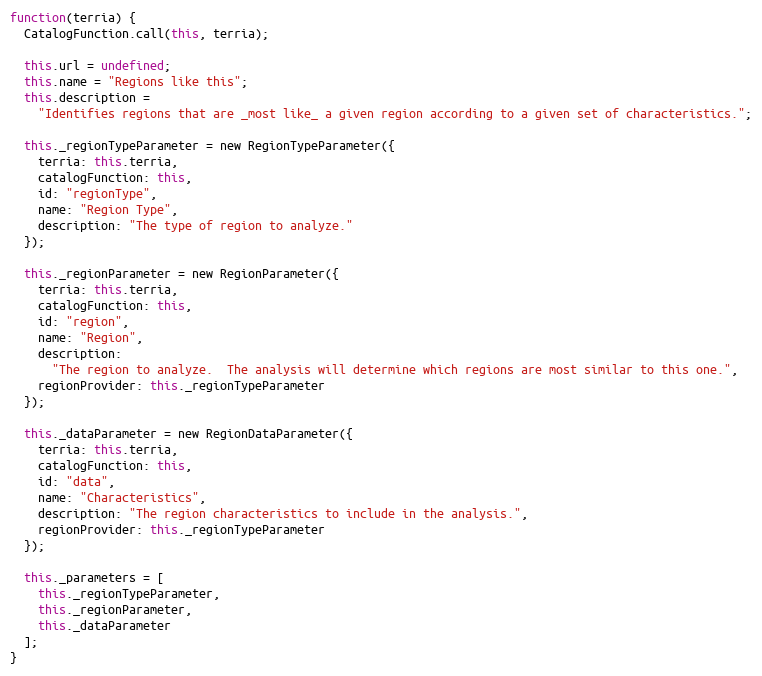
Language: JavaScript
function(terria) {
  CatalogFunction.call(this, terria);

  this.url = undefined;
  this.name = "Regions like this";
  this.description =
    "Identifies regions that are _most like_ a given region according to a given set of characteristics.";

  this._regionTypeParameter = new RegionTypeParameter({
    terria: this.terria,
    catalogFunction: this,
    id: "regionType",
    name: "Region Type",
    description: "The type of region to analyze."
  });

  this._regionParameter = new RegionParameter({
    terria: this.terria,
    catalogFunction: this,
    id: "region",
    name: "Region",
    description:
      "The region to analyze.  The analysis will determine which regions are most similar to this one.",
    regionProvider: this._regionTypeParameter
  });

  this._dataParameter = new RegionDataParameter({
    terria: this.terria,
    catalogFunction: this,
    id: "data",
    name: "Characteristics",
    description: "The region characteristics to include in the analysis.",
    regionProvider: this._regionTypeParameter
  });

  this._parameters = [
    this._regionTypeParameter,
    this._regionParameter,
    this._dataParameter
  ];
}